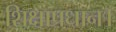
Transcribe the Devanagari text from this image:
शिक्षाप्रधान।